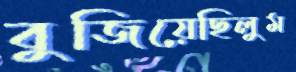
বুজিয়েছিলুম